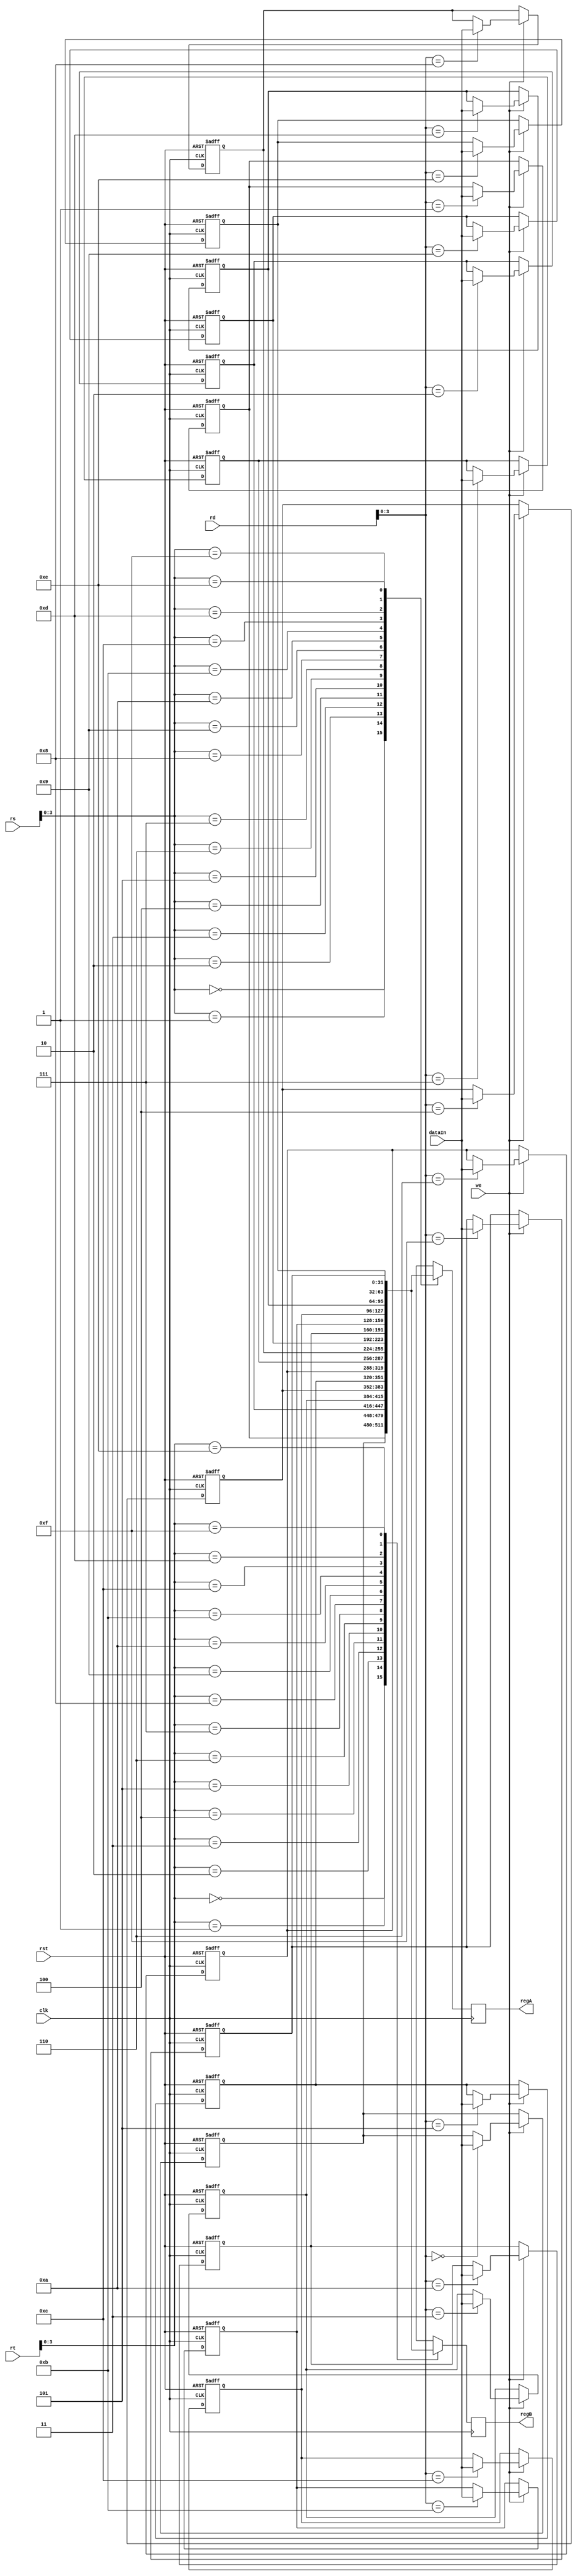
module registerfile (
//----------Input-----------
	input [31:0] dataIn,
	input we,
	input clk, rst,
	input [4:0] rs,rt,rd,
//----------Output-----------
	output reg [31:0] regA,regB
);
//--------Internal-----------------
	integer k;
	reg [31:0] register [0:15];//A hierarquia tem 32 registros, mas dada a opcao, escolhemos implementar 16
	
//Reseta todos os registros e em seguida efetua a leitura, caso we = 1;
	always @ (negedge clk, posedge rst) begin
		k = 0;
		if(rst)
			for(k = 0; k < 16; k = k+1) begin
				register[k] = 32'b0;
			end
		else if (we) begin
			register[rd] <= dataIn;
		end
	end

//Mantem as saidas A e B com o conteudo dos registros selecionados, os registros A e B da hierarquia, estao embutidos aqui
	always @ (posedge clk) begin
		regA <= register[rs];
		regB <= register[rt];
	end

endmodule